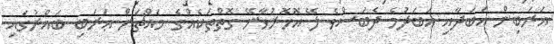
އަރަބިން އަބަދާއި އަބަދުމެ ދެބަސްވެ ލޭ އޮހޮރުވާނޭ ގޮތްތަކެއްގެ މައްޗަށް ޢަރަބި ބައްރުގައި